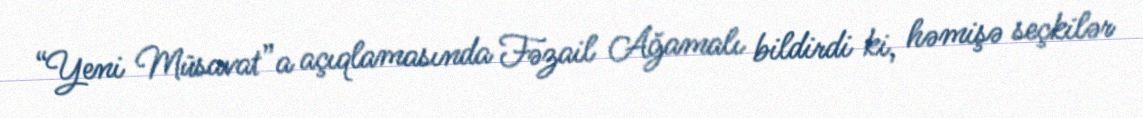
“Yeni Müsavat”a açıqlamasında Fəzail Ağamalı bildirdi ki, həmişə seçkilər